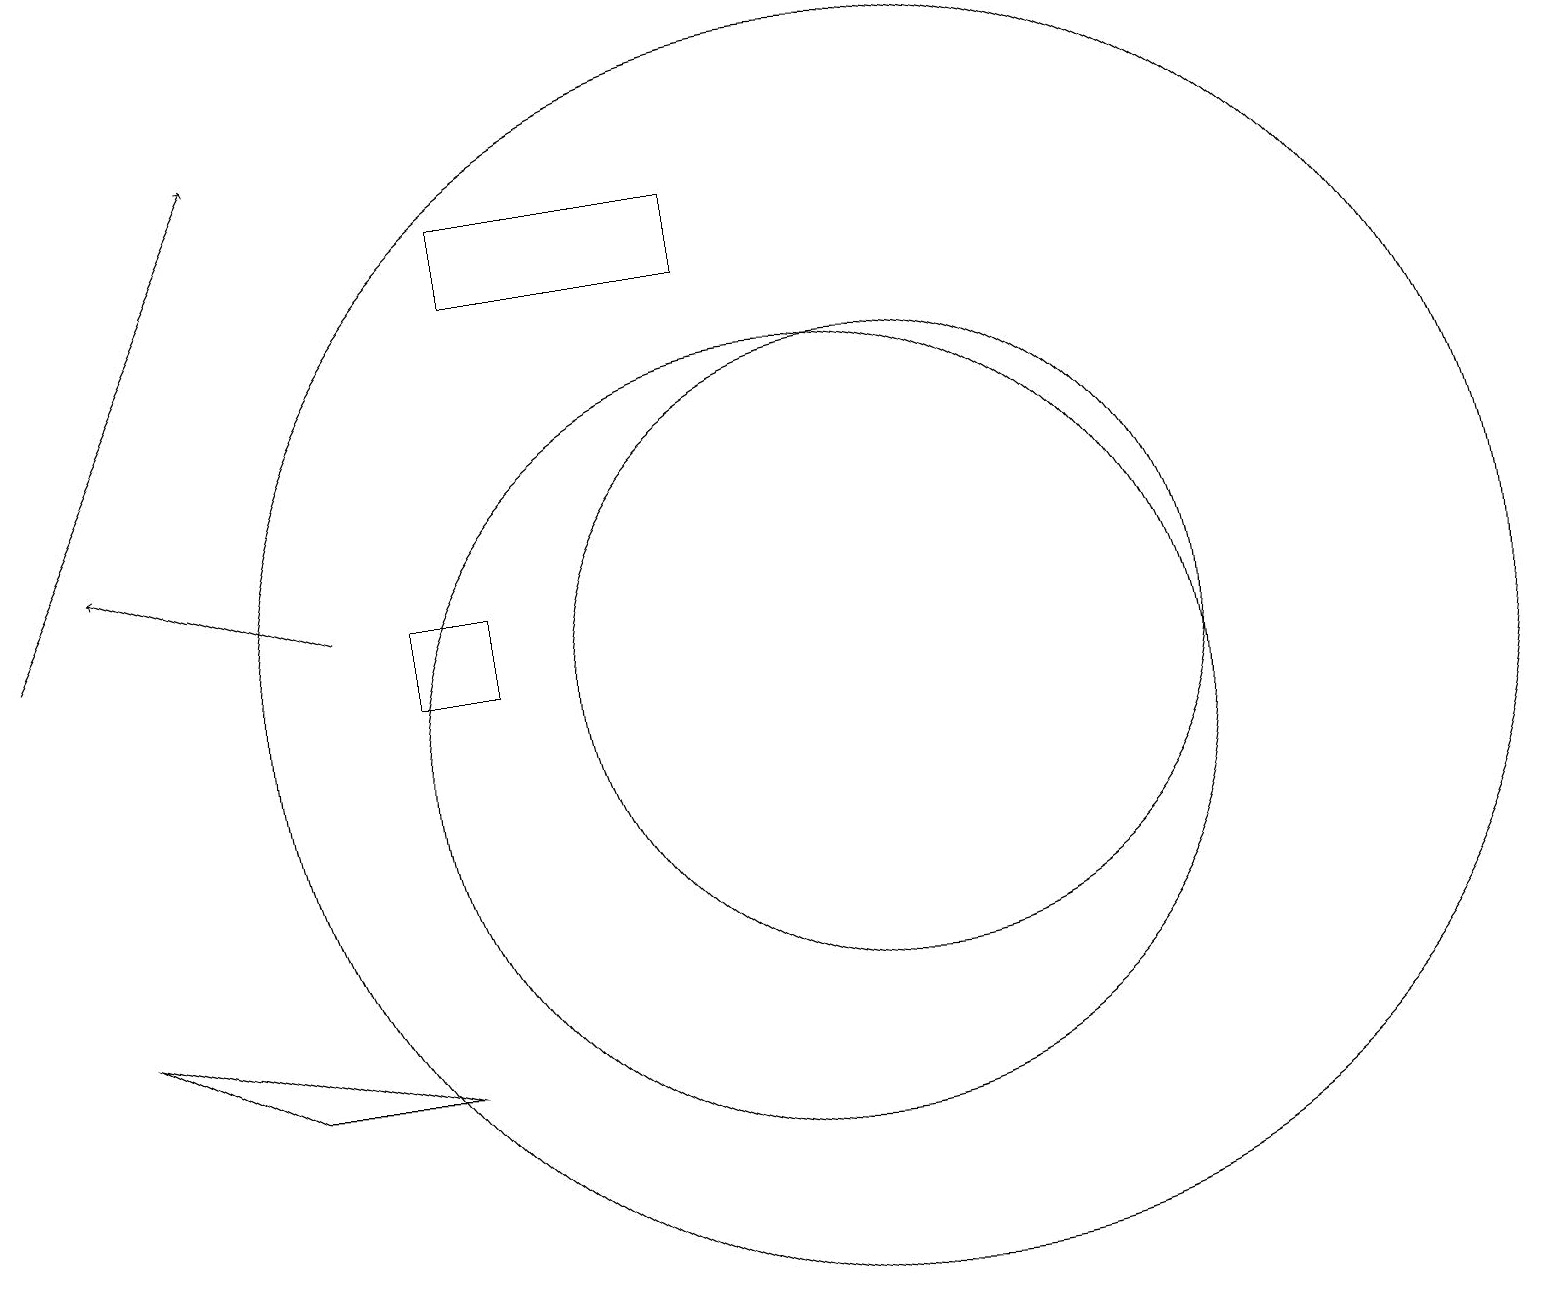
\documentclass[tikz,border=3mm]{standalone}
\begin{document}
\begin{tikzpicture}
\draw (9,17) rectangle (6,16);
\draw (11,11) circle (4);
\draw[->] (0,12) -- (3,18);
\draw (5,6) -- (3,6) -- (1,7) -- cycle;
\draw (10,10) circle (5);
\draw (6,12) rectangle (5,11);
\draw[->] (4,12) -- (1,13);
\draw (11,11) circle (8);
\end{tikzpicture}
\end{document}